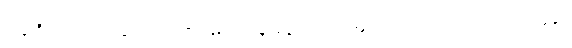
ယန်ကီ အကျဉ်းစခန်းထဲတွင် တစ်နှစ် ကြာမျှ နေခဲ့ရသည့် အတွက်ကြောင့် တစ်ကြောင်း၊ သူနှင့်